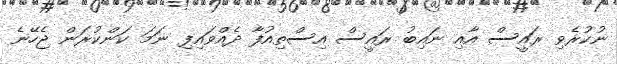
ނުކުރެވި ރައީސް އާއި ނައިބު ރައީސް އިސްތިއުފާ ދެއްވައިފި ނަމަ ކަންކުރަން ޖެހޭނެ